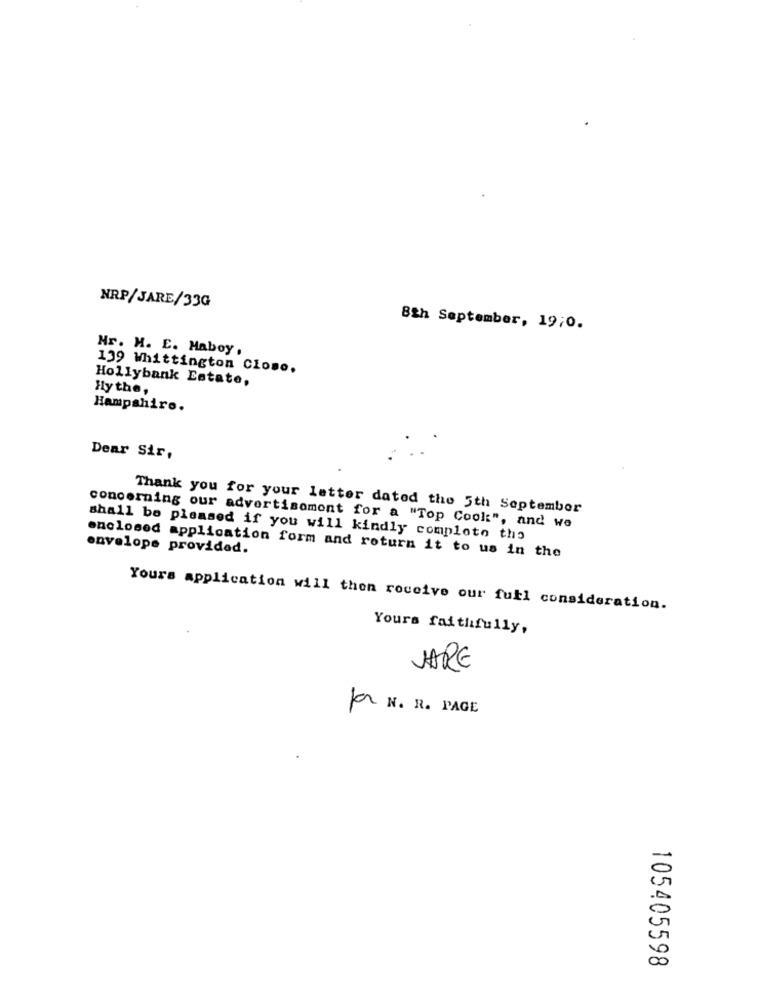
NRP/JARE/33G
8th September, 19;0.
Mr. H. E. Maboy,
139 Whittington Close.
Hollybank Estate,
Hy the,
Hampshire.
Dear Sir,
Thank you for your letter dated the 5th September
concerning our advertisomont for a "Top Cool:", and we
shall be pleased if you will kindly comploto tho
envelope provided.
enclosed application form and return it to us in the
Yours application will then receive our full consideration.
Yours faithfully,
JARE
for N. R. PAGE
105405598